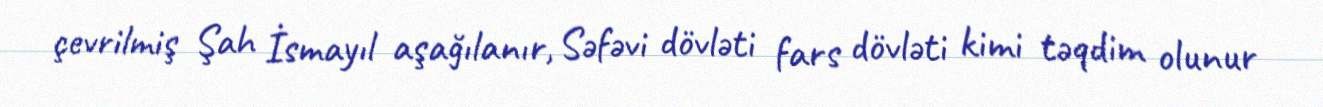
çevrilmiş Şah İsmayıl aşağılanır, Səfəvi dövləti fars dövləti kimi təqdim olunur